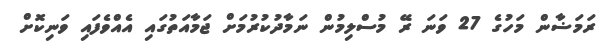
ރަމަޟާން މަހުގެ 27 ވަނަ ރޭ މުސްލިމުން ނަމާދުކުރުމަށް ޖަމާއަތުގައި އެއްވެފައި ވަނިކޮށް